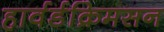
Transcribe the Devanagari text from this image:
हार्वर्डक्रिमसन